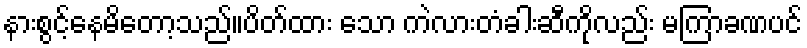
နားစွင့်နေမိတော့သည်။ပိတ်ထား သော ကဲလားတံခါးဆီကိုလည်း မကြာခဏပင်